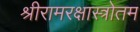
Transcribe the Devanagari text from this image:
श्रीरामरक्षास्त्रोतम